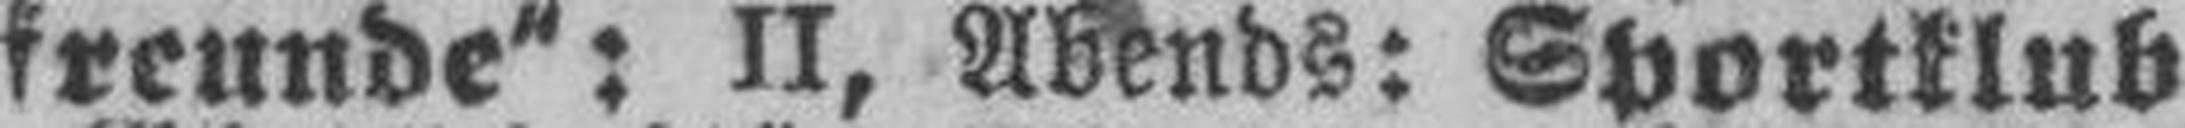
freunde“: II, Abends: Sportklub